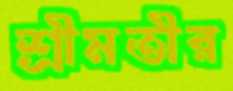
শ্রীমতীর